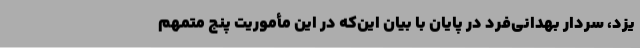
یزد، سردار بهدانی‌فرد در پایان با بیان این‌که در این مأموریت پنج متمهم